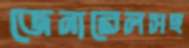
জেনারেলসহ